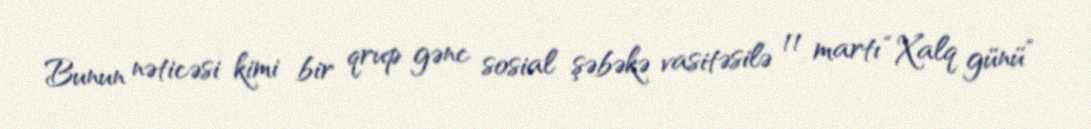
Bunun nəticəsi kimi bir qrup gənc sosial şəbəkə vasitəsilə 11 martı “Xalq günü”